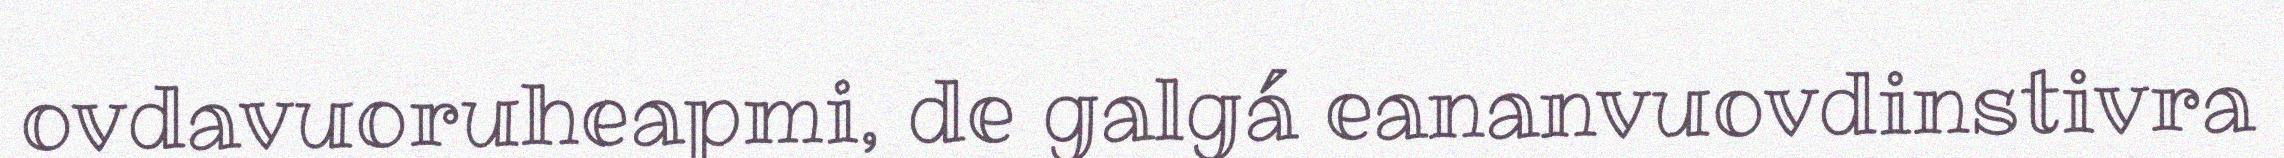
ovdavuoruheapmi, de galgá eananvuovdinstivra